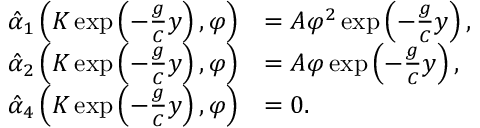
\begin{array} { r l } { \hat { \alpha } _ { 1 } \left( K \exp \left( - \frac { g } { C } y \right) , \varphi \right) } & { = A \varphi ^ { 2 } \exp \left( - \frac { g } { C } y \right) , } \\ { \hat { \alpha } _ { 2 } \left( K \exp \left( - \frac { g } { C } y \right) , \varphi \right) } & { = A \varphi \exp \left( - \frac { g } { C } y \right) , } \\ { \hat { \alpha } _ { 4 } \left( K \exp \left( - \frac { g } { C } y \right) , \varphi \right) } & { = 0 . } \end{array}